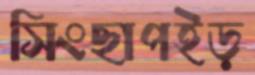
সিংছাপইড়